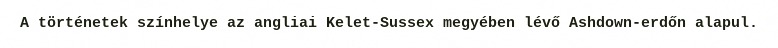
A történetek színhelye az angliai Kelet-Sussex megyében lévő Ashdown-erdőn alapul.